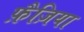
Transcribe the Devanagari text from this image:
फ़ैज़िया